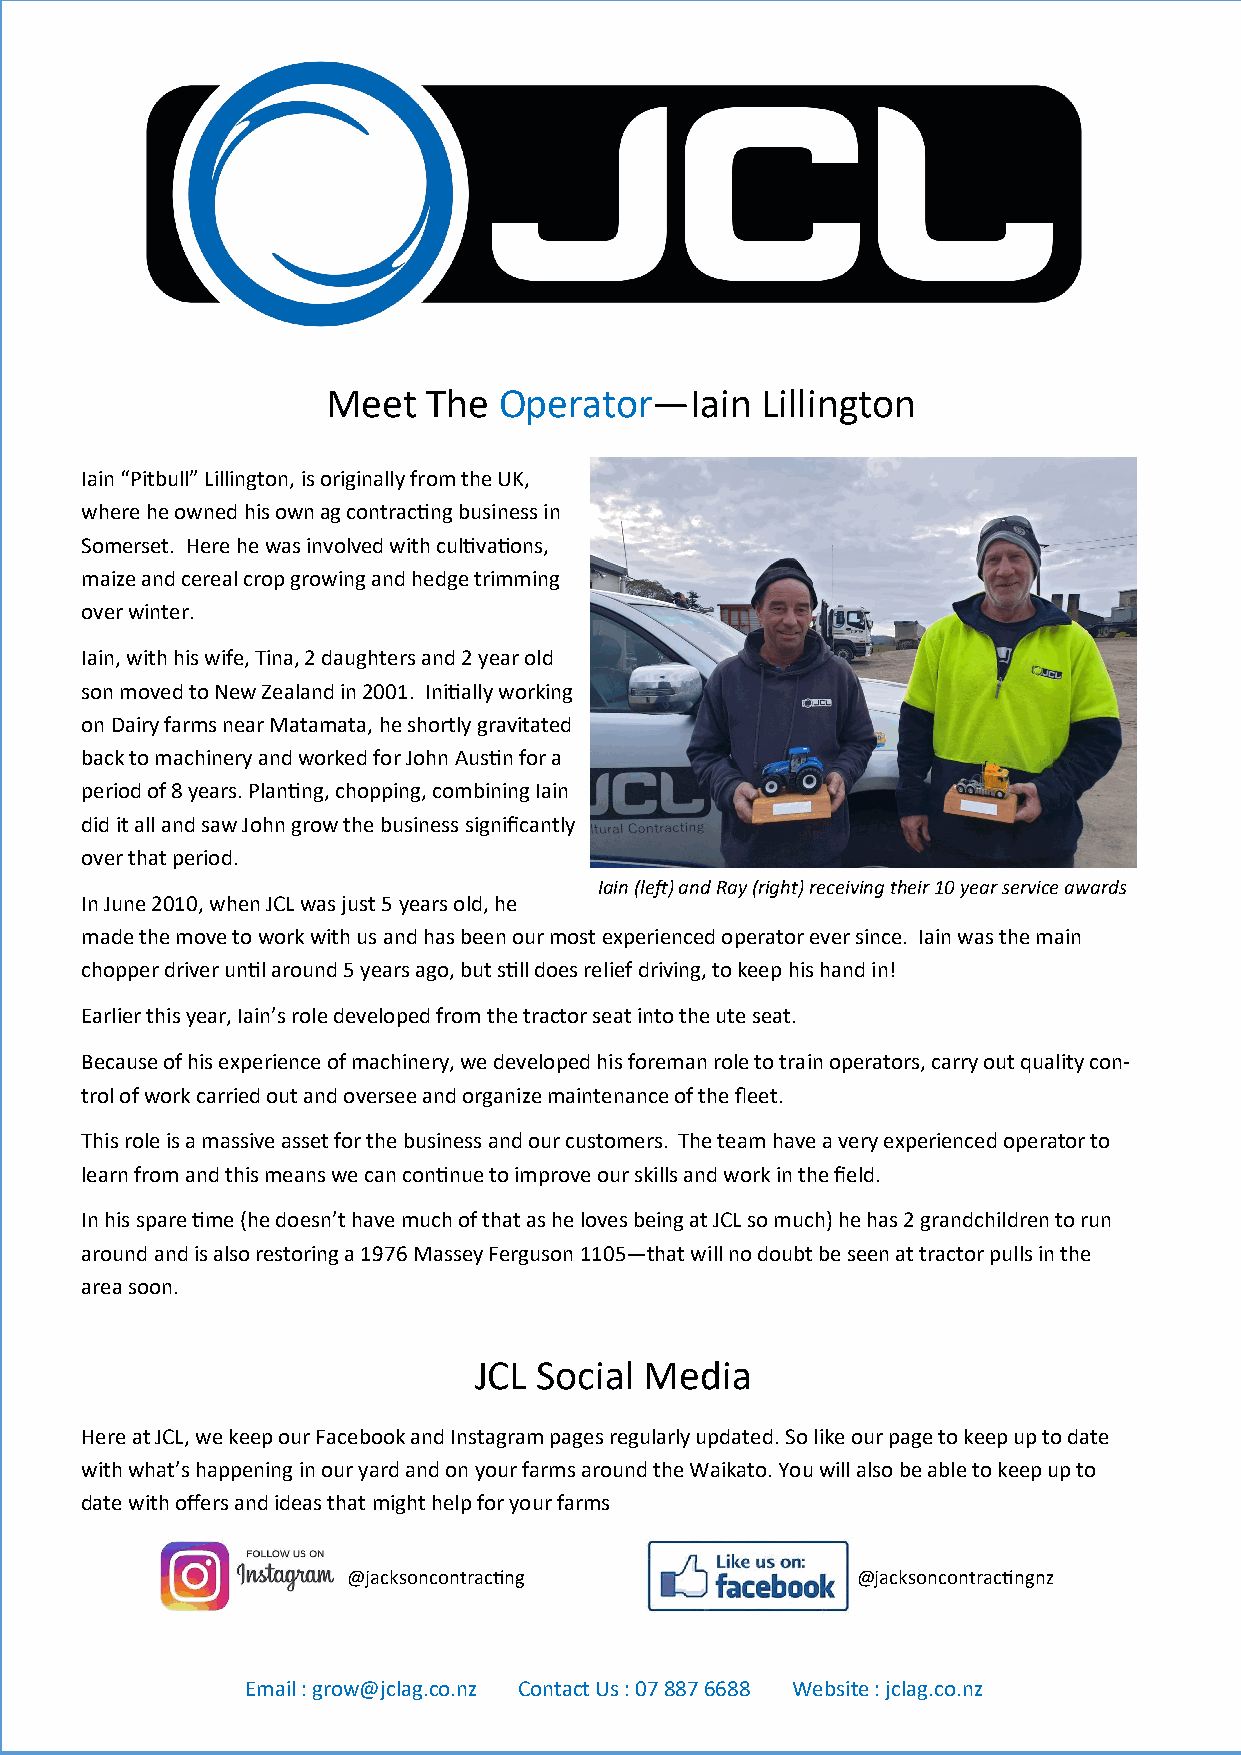
Meet  The  Operator—Iain    Lillington
 Iain “Pitbull” Lillington, is originally from the UK,
 where he owned his own ag contracting business in
 Somerset. Here he was involved with cultivations,
 maize and cereal crop growing and hedge trimming
 over winter.
 Iain, with his wife, Tina, 2 daughters and 2 year old
 son moved to New Zealand in 2001. Initially working
 on Dairy farms near Matamata, he shortly gravitated
 back to machinery and worked for John Austin for a
 period of 8 years. Planting, chopping, combining Iain
 did it all and saw John grow the business significantly
 over that period.
 Iain (left) and Ray (right) receiving their 10 year service awards
 In June 2010, when JCL was just 5 years old, he
 made the move to work with us and has been our most experienced operator ever since. Iain was the main
 chopper driver until around 5 years ago, but still does relief driving, to keep his hand in!
 Earlier this year, Iain’s role developed from the tractor seat into the ute seat.
 Because of his experience of machinery, we developed his foreman role to train operators, carry out quality con-
 trol of work carried out and oversee and organize maintenance of the fleet.
 This role is a massive asset for the business and our customers. The team have a very experienced operator to
 learn from and this means we can continue to improve our skills and work in the field.
 In his spare time (he doesn’t have much of that as he loves being at JCL so much) he has 2 grandchildren to run
 around and is also restoring a 1976 Massey Ferguson 1105—that will no doubt be seen at tractor pulls in the
 area soon.
 JCL  Social Media
 Here at JCL, we keep our Facebook and Instagram pages regularly updated. So like our page to keep up to date
 with what’s happening in our yard and on your farms around the Waikato. You will also be able to keep up to
 date with offers and ideas that might help for your farms
 @jacksoncontracting               @jacksoncontractingnz
 Email : grow@jclag.co.nz Contact Us : 07 887 6688 Website : jclag.co.nz